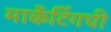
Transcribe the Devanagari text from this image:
मार्केटिंगची